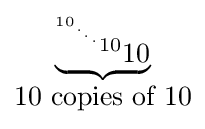
{\begin{matrix}\underbrace {^{^{^{^{^{10}.}.}.}10}10} \\10{\mbox{ copies of }}10\end{matrix}}